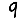
Digit: 9